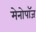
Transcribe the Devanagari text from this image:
मेनोपॉज